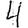
Digit: 4